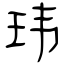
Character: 玮